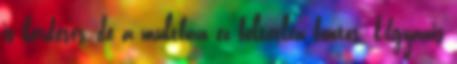
is kérdéses, de a multban ez feltétlen fontos. Ugyanis